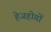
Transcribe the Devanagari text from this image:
हेजहोगों